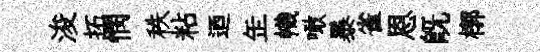
浚拓憫秩粘迺𦈢幟噉暴雀恩既槨